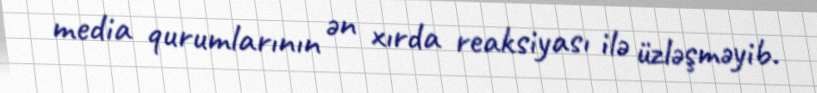
media qurumlarının ən xırda reaksiyası ilə üzləşməyib.